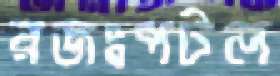
রজঃপটল